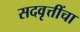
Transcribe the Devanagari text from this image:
सदवृत्तींचा